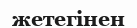
жетегінен